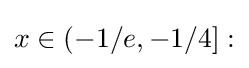
x\in (-1/e,-1/4]: